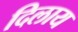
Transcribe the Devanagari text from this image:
दिलाय